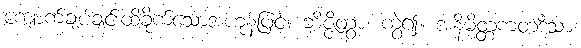
ကျောက်ချပ်ချင်းထိခိုက်သောအဟုန်ဖြင့်။ ဘိဇ္ဇိတွာ၊ ကွဲ၍။ အနိမိတ္တကတဒိသာ၊